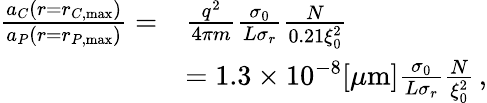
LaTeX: \begin{array}{rl}{\frac{a_{C}(r=r_{C,\mathrm{max}})}{a_{P}(r=r_{P,\mathrm{max}})}=}&{\frac{q^{2}}{4\pi m}\frac{\sigma_{0}}{L\sigma_{r}}\frac{N}{0.21\xi_{0}^{2}}}\\ &{=1.3\times 10^{-8}[\mu\mathrm{m}]\frac{\sigma_{0}}{L\sigma_{r}}\frac{N}{\xi_{0}^{2}}\, ,}\end{array}